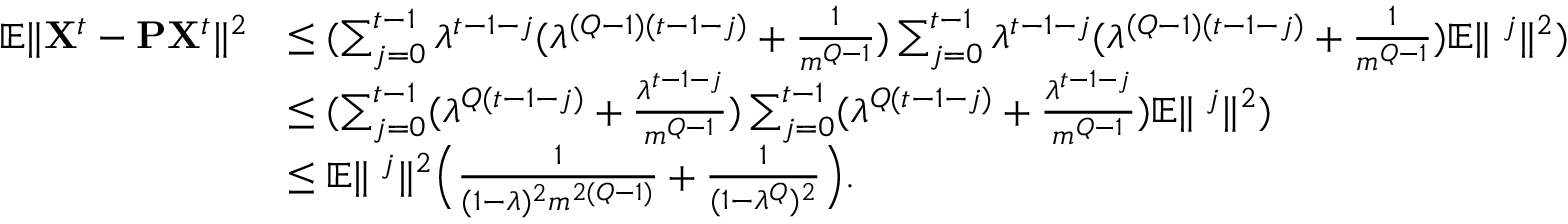
\begin{array} { r l } { \mathbb { E } \| { \bf X } ^ { t } - { \bf P } { \bf X } ^ { t } \| ^ { 2 } } & { \leq ( \sum _ { j = 0 } ^ { t - 1 } \lambda ^ { t - 1 - j } ( \lambda ^ { ( Q - 1 ) ( t - 1 - j ) } + \frac { 1 } { m ^ { Q - 1 } } ) \sum _ { j = 0 } ^ { t - 1 } \lambda ^ { t - 1 - j } ( \lambda ^ { ( Q - 1 ) ( t - 1 - j ) } + \frac { 1 } { m ^ { Q - 1 } } ) \mathbb { E } \| { \bf \zeta } ^ { j } \| ^ { 2 } ) } \\ & { \leq ( \sum _ { j = 0 } ^ { t - 1 } ( \lambda ^ { Q ( t - 1 - j ) } + \frac { \lambda ^ { t - 1 - j } } { m ^ { Q - 1 } } ) \sum _ { j = 0 } ^ { t - 1 } ( \lambda ^ { Q ( t - 1 - j ) } + \frac { \lambda ^ { t - 1 - j } } { m ^ { Q - 1 } } ) \mathbb { E } \| { \bf \zeta } ^ { j } \| ^ { 2 } ) } \\ & { \leq \mathbb { E } \| { \bf \zeta } ^ { j } \| ^ { 2 } \Big ( \frac { 1 } { ( 1 - \lambda ) ^ { 2 } m ^ { 2 ( Q - 1 ) } } + \frac { 1 } { ( 1 - \lambda ^ { Q } ) ^ { 2 } } \Big ) . } \end{array}